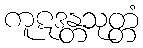
ကူဋဒန္တသုတ္တံ